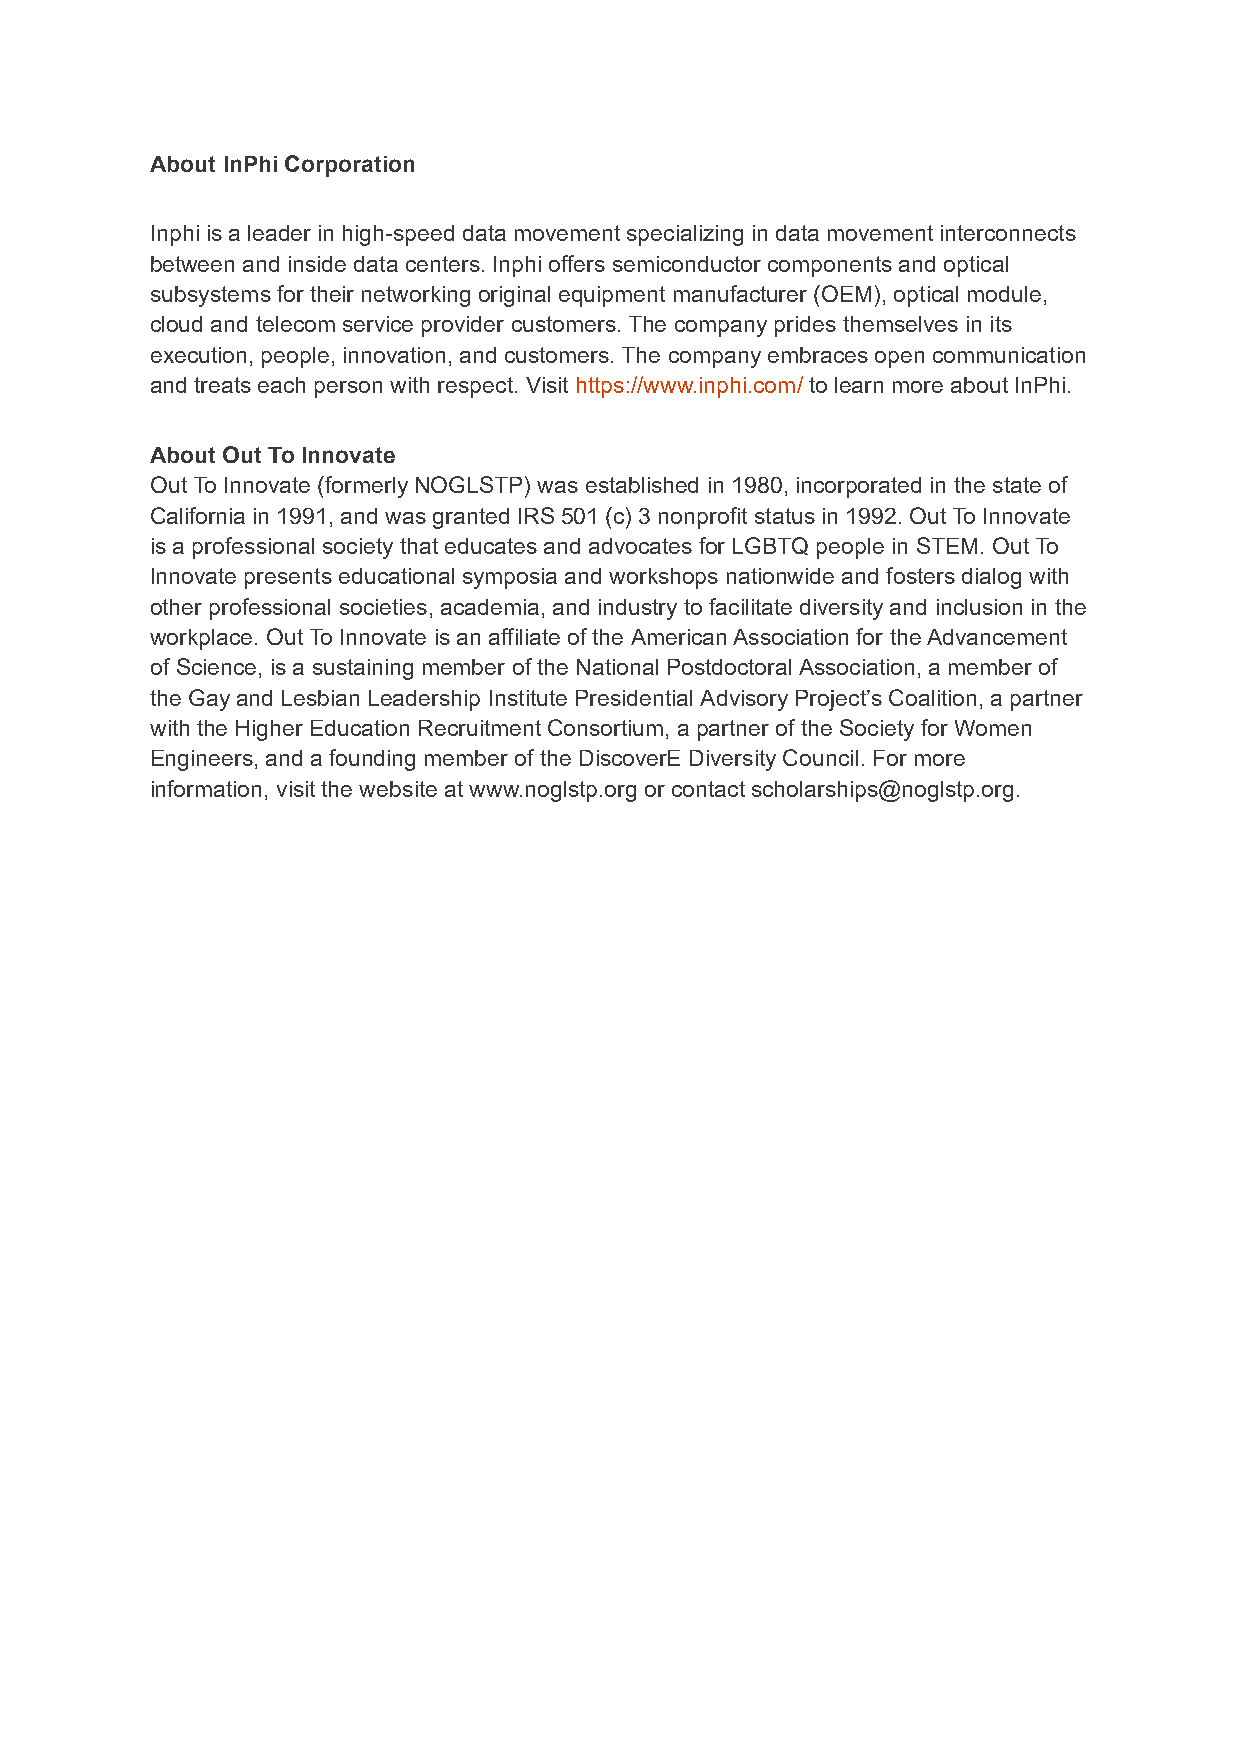
About InPhi Corporation
 Inphi is a leader in high-speed data movement specializing in data movement interconnects
 between and inside data centers. Inphi offers semiconductor components and optical
 subsystems for their networking original equipment manufacturer (OEM), optical module,
 cloud and telecom service provider customers. The company prides themselves in its
 execution, people, innovation, and customers. The company embraces open communication
 and treats each person with respect. Visithttps://www.inphi.com/to learn more about InPhi.
 About Out To Innovate
 Out To Innovate (formerly NOGLSTP) was established in 1980, incorporated in the state of
 California in 1991, and was granted IRS 501 (c) 3 nonprofit status in 1992. Out To Innovate
 is a professional society that educates and advocates for LGBTQ people in STEM. Out To
 Innovate presents educational symposia and workshops nationwide and fosters dialog with
 other professional societies, academia, and industry to facilitate diversity and inclusion in the
 workplace. Out To Innovate is an affiliate of the American Association for the Advancement
 of Science, is a sustaining member of the National Postdoctoral Association, a member of
 the Gay and Lesbian Leadership Institute Presidential Advisory Project’s Coalition, a partner
 with the Higher Education Recruitment Consortium, a partner of the Society for Women
 Engineers, and a founding member of the DiscoverE Diversity Council. For more
 information, visit the website at www.noglstp.org or contact scholarships@noglstp.org.